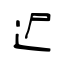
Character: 迉